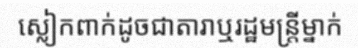
ស្លៀកពាក់ដូចជាតារាឬរដ្ឋមន្ត្រីម្នាក់